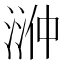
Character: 㴢